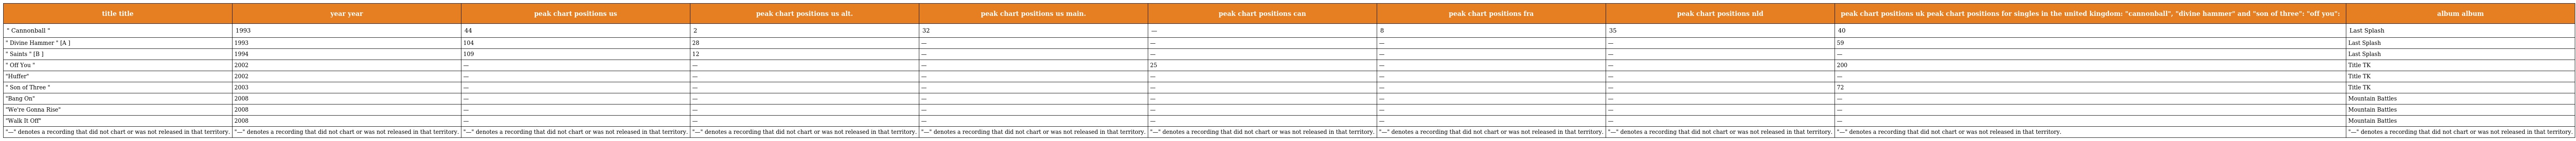
| title title | year year | peak chart positions us | peak chart positions us alt. | peak chart positions us main. | peak chart positions can | peak chart positions fra | peak chart positions nld | peak chart positions uk peak chart positions for singles in the united kingdom: "cannonball", "divine hammer" and "son of three": "off you": | album album |
 | --- | --- | --- | --- | --- | --- | --- | --- | --- | --- |
 | " Cannonball " | 1993 | 44 | 2 | 32 | — | 8 | 35 | 40 | Last Splash |
 | " Divine Hammer " [A ] | 1993 | 104 | 28 | — | — | — | — | 59 | Last Splash |
 | " Saints " [B ] | 1994 | 109 | 12 | — | — | — | — | — | Last Splash |
 | " Off You " | 2002 | — | — | — | 25 | — | — | 200 | Title TK |
 | "Huffer" | 2002 | — | — | — | — | — | — | — | Title TK |
 | " Son of Three " | 2003 | — | — | — | — | — | — | 72 | Title TK |
 | "Bang On" | 2008 | — | — | — | — | — | — | — | Mountain Battles |
 | "We're Gonna Rise" | 2008 | — | — | — | — | — | — | — | Mountain Battles |
 | "Walk It Off" | 2008 | — | — | — | — | — | — | — | Mountain Battles |
 | "—" denotes a recording that did not chart or was not released in that territory. | "—" denotes a recording that did not chart or was not released in that territory. | "—" denotes a recording that did not chart or was not released in that territory. | "—" denotes a recording that did not chart or was not released in that territory. | "—" denotes a recording that did not chart or was not released in that territory. | "—" denotes a recording that did not chart or was not released in that territory. | "—" denotes a recording that did not chart or was not released in that territory. | "—" denotes a recording that did not chart or was not released in that territory. | "—" denotes a recording that did not chart or was not released in that territory. | "—" denotes a recording that did not chart or was not released in that territory. |